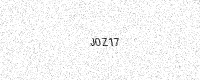
Text: J0Z17